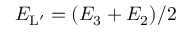
{ E } _ { \mathrm { L } ^ { \prime } } = ( E _ { 3 } + E _ { 2 } ) / 2